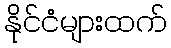
နိုင်ငံများထက်